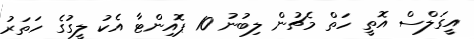
އީގަލްސް އޮތީ ހަތް މެޗުން ލިބުނު 10 ޕޮއިންޓާ އެކު ލީގުގެ ހަތަރު